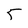
Character: 5